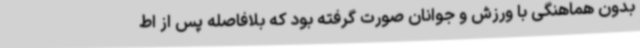
بدون هماهنگی با ورزش و جوانان صورت گرفته بود که بلافاصله پس از اط